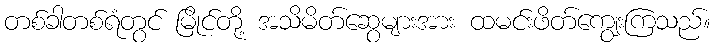
တစ်ခါတစ်ရံတွင် မြိုင်တို့ အသိမိတ်ဆွေများအား ထမင်းဖိတ်ကျွေးကြသည်။